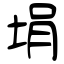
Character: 埍